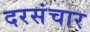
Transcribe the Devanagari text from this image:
दरसंचार